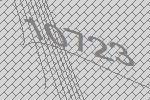
10723